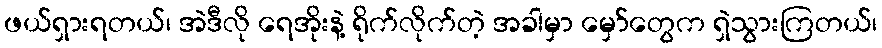
ဖယ်ရှားရတယ်၊ အဲဒီလို ရေအိုးနဲ့ ရိုက်လိုက်တဲ့ အခါမှာ မှော်တွေက ရှဲသွားကြတယ်၊